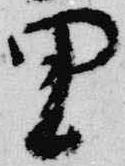
里